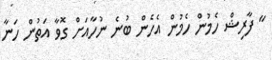
" ފާރިޝް ހެމުން ހެމުން އެހެން ބުނެ ނުހާއަށް ގޮވާ އަތުން ހަނާ